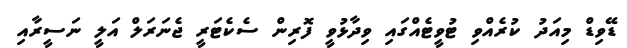
ޑޭވިޑް މިއަދު ކުރެއްވި ޓުވީޓެއްގައި ވިދާޅުވީ ފޮރިން ސެކެޓަރީ ޖެނަރަލް އަލީ ނަސީރާއި